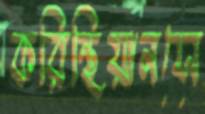
করিন্থিয়ানসে